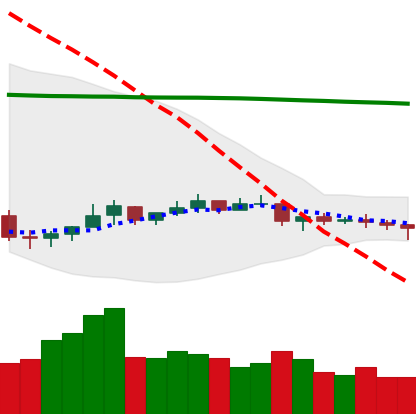
Ticker: NEO-USD
Chart end date: 2021-07-14
Forward return: -15.673%
Label: down_7plus